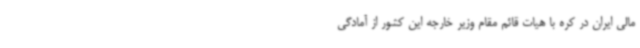
مالی ایران در کره با هیات قائم مقام وزیر خارجه این کشور از آمادگی